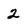
Character: 2